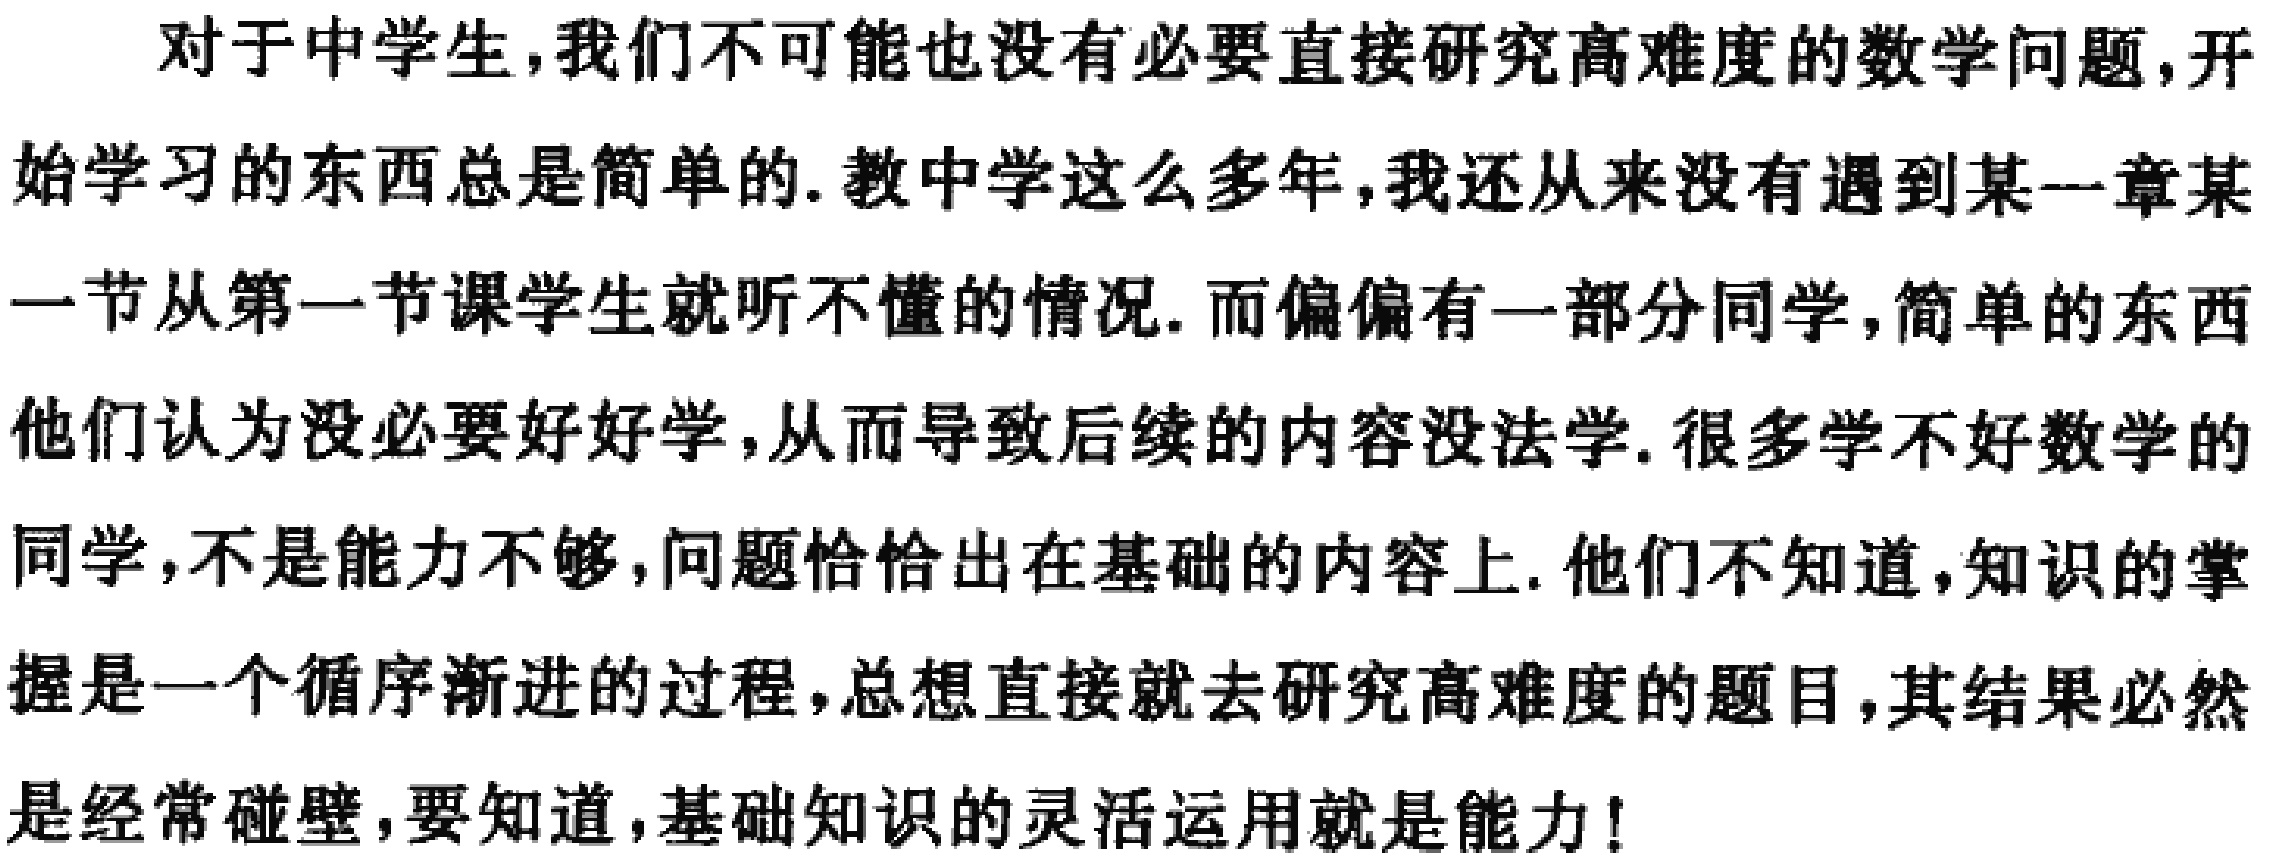
对于中学生,我们不可能也没有必要直接研究高难度的数学问题,开始学习的东西总是简单的.教中学这么多年,我还从来没有遇到某一章某一节从第一节课学生就听不懂的情况.而偏偏有一部分同学,简单的东西他们认为没必要好好学,从而导致后续的内容没法学.很多学不好数学的同学,不是能力不够,问题恰恰出在基础的内容上.他们不知道,知识的掌握是一个循序渐进的过程,总想直接就去研究高难度的题目,其结果必然是经常碰壁,要知道,基础知识的灵活运用就是能力!